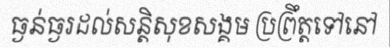
ធ្ងន់ធ្ងរដល់សន្តិសុខសង្គម ប្រព្រឹត្តទៅនៅ